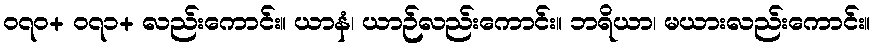
၀၇၀+ ၀၇၁+ လည်းကောင်း။ ယာနံ၊ ယာဉ်လည်းကောင်း။ ဘရိယာ၊ မယားလည်းကောင်း။